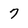
Character: 7